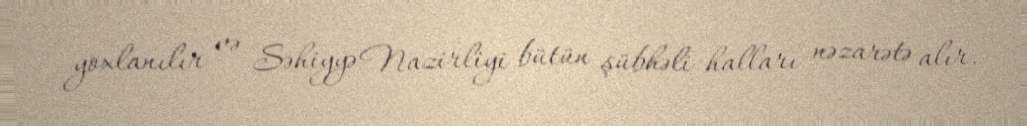
yoxlanılır və Səhiyyə Nazirliyi bütün şübhəli halları nəzarətə alır.